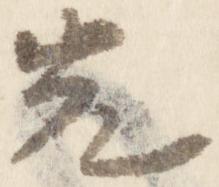
先